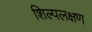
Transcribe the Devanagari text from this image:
शिल्पलक्षण